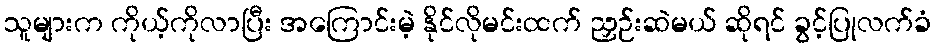
သူများက ကိုယ့်ကိုလာပြီး အကြောင်းမဲ့ နိုင်လိုမင်းထက် ညှဉ်းဆဲမယ် ဆိုရင် ခွင့်ပြုလက်ခံ